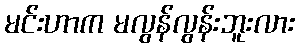
မင်းဟာက မလွန်လွန်းဘူးလား